Leaving Certificate, 1896
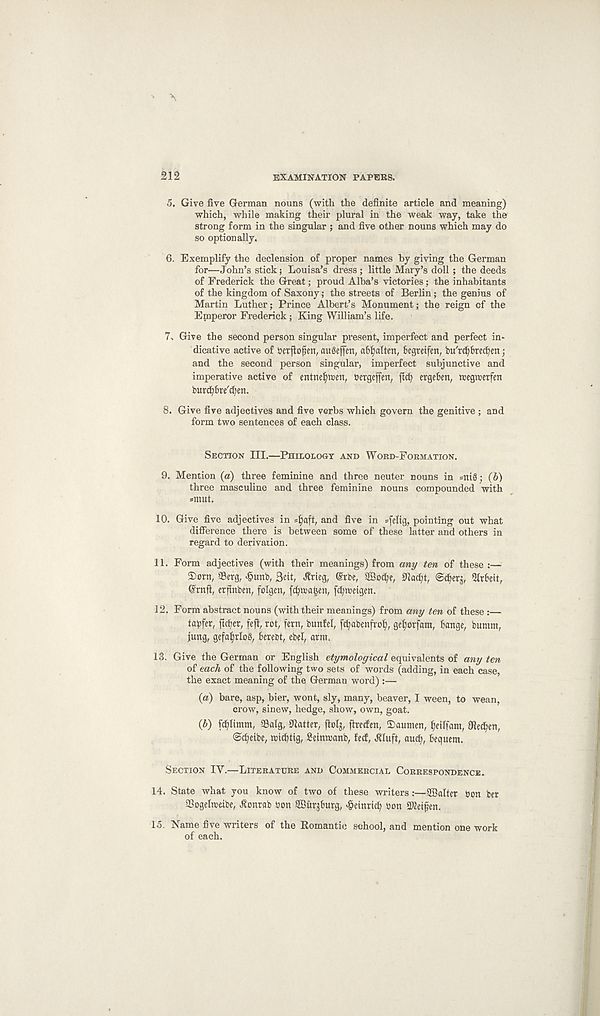
212
EXAMINATION PAPERS.
5. Give five German nouns (with the definite article and meaning)
which, while making their plural in the weak way, take the
strong form in the singular ; and five other nouns which may do
so optionally.
6. Exemplify the declension of proper names by giving the German
for—John’s stick; Louisa’s dress; little Mary’s doll ; the deeds
of Frederick the Great; proud Alba’s victories; the inhabitants
of the kingdom of Saxony; the streets of Berlin; the genius of
Martin Luther; Prince Albert’s Monument; the reign of the
Emperor Frederick; King William’s life.
7. Give the second person singular present, imperfect and perfect in-
dicative active of sjetflofien, aueSeffen, a^alten, fcgteifen, bu'rcfyfrecfyn;
and the second person singular, imperfect subjunctive and
imperative active of entneljtten, bergeffen, flcfy ergeBen, roegrcetfen
burd)f>te'cf)en.
8. Give five adjectives and five verbs which govern the genitive; and
form two sentences of each class.
SECTION III.—PHILOLOGY AND WORD-FORMATION.
9.
Mention (a) three
three masculine and three feminine nouns compounded with
*mut.
10. Give five adjectives in djaft, and five in sfelig, pointing out what
difference there is between some of these latter and others in
regard to derivation.
11. Form adjectives (with their meanings) from any ten of these :—
©orn, ffierg, £unb, 3eit, Jfrieg, @rbe, ffiocfy, SRacfy, (Scfytj, Strfceit,
(Sruft, erfinbm, folgen, fcfjtt>a|en, fc^meigen.
12. Form abstract nouns (with their meanings) from any ten of these :—
tctyfer, ftcfer, feft, rot, fern, bunfcl, f^abenfro^, gefwfam, Bange, bumm,
jung, gefafyloS, Bereot, ebel, arm.
13. Give the German or English etymological equivalents of any ten
of each of the following two sets of words (adding, in each case,
the exact meaning of the German word) :—
(a) bare, asp, bier, wont, sly, many, beaver, I ween, to wean,
crow, sinew, hedge, show, own, goat.
{V) fcolumn, SBatg, Matter, ftofy firecfen, ©aumert, fyilfam, Oledien,
©^eibe, micBtig, Seinmanb, fed, Jtluft, aud), Bequem.
SECTION IV.—LITERATURE AND COMMERCIAL CORRESPONDENCE.
14. State what you know of two of these writers:—SBalter bon ber
SSogelmeibe, -ftonrab bon SBurjBurg, >§etnrtcB bon 2Kefyen.
15. Name five writers of the Romantic school, and mention one work
of each.